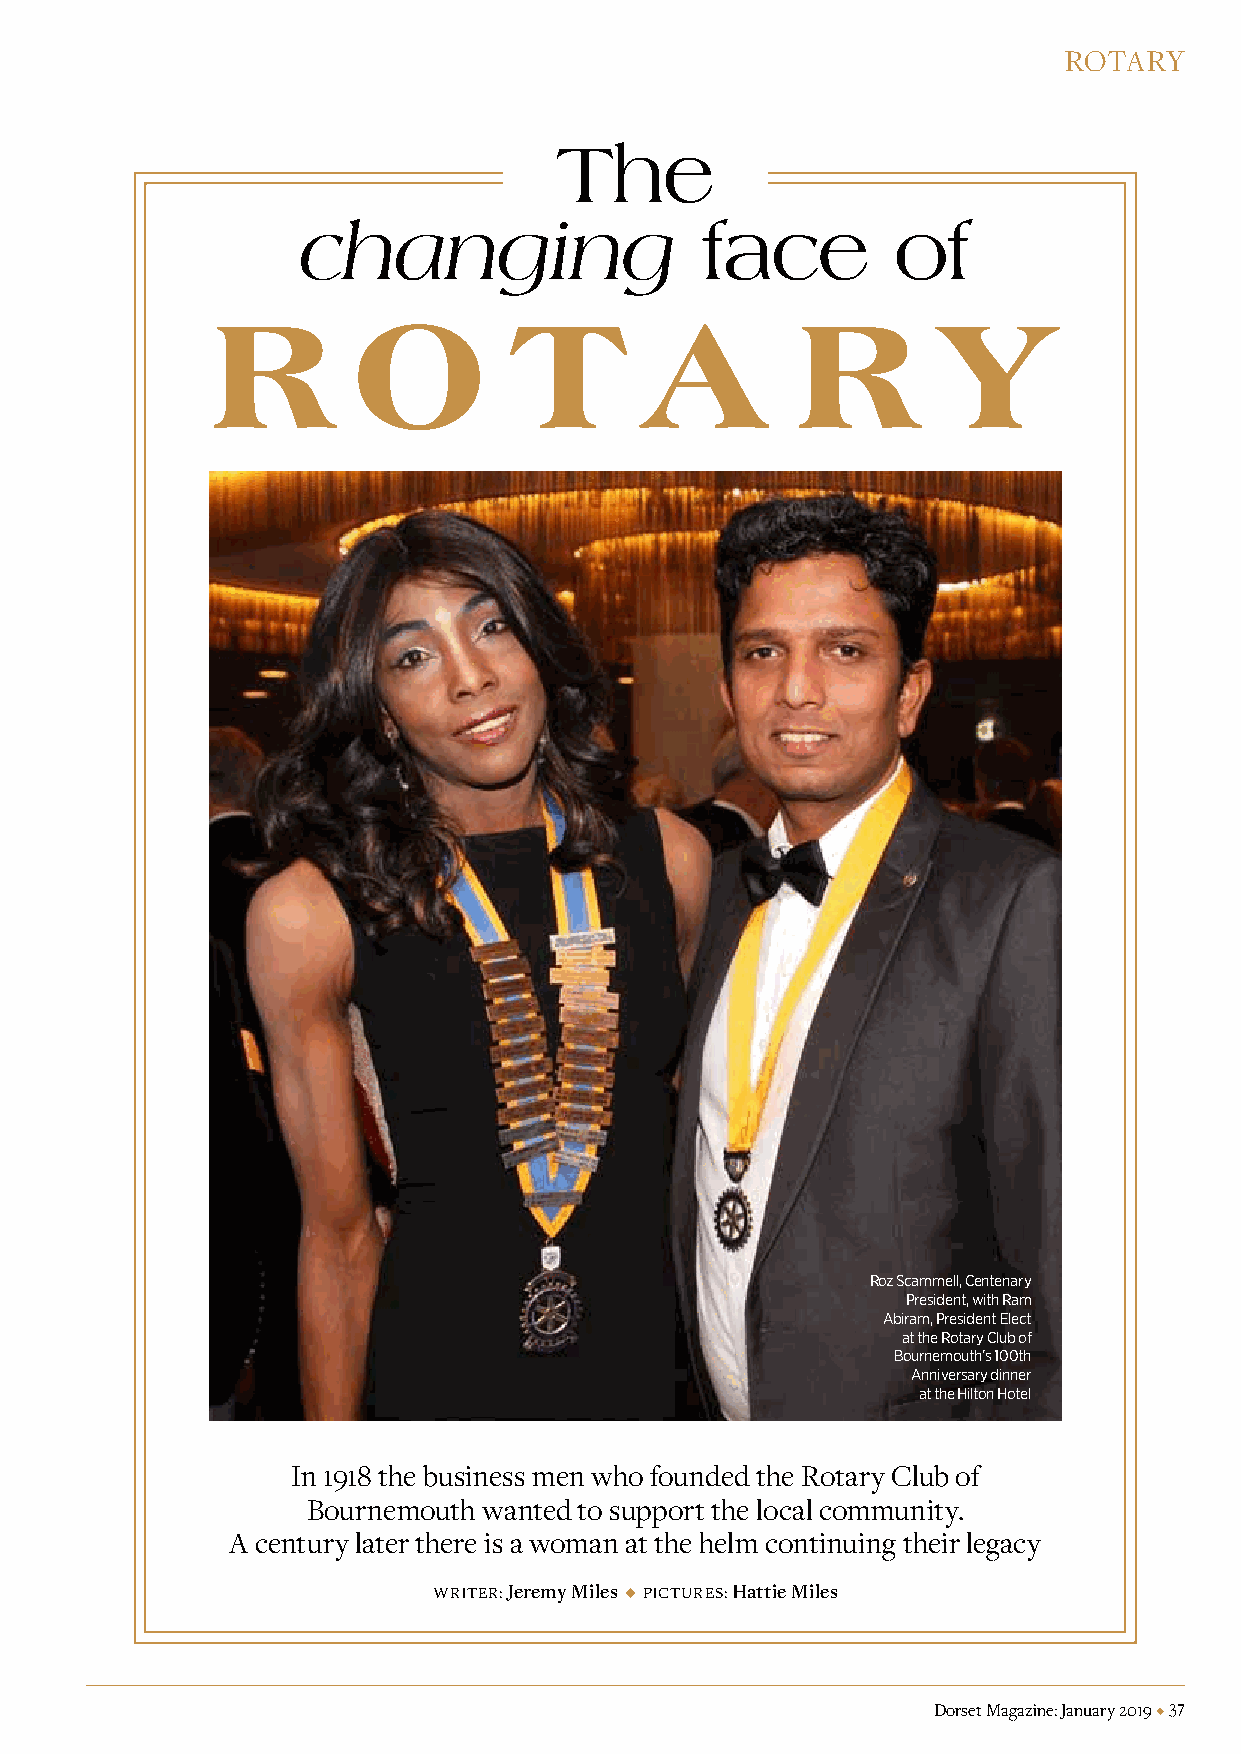
ROTARY
 The
 changing                  face         of
 R        o         t        a          R        y
 Roz Scammell, Centenary
 President, with Ram
 Abiram, President Elect
 at the Rotary Club of
 Bournemouth’s 100th
 Anniversary dinner
 at the Hilton Hotel
 In 1918 the business men who founded the Rotary Club of
 Bournemouth wanted to support the local community.
 A century later there is a woman at the helm continuing their legacy
 Writer: Jeremy Miles  Pictures: Hattie Miles
 Dorset Magazine: January 2019  37